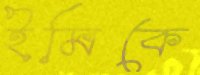
ইমিকে